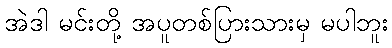
အဲဒါ မင်းတို့ အပူတစ်ပြားသားမှ မပါဘူး